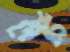
পেটি